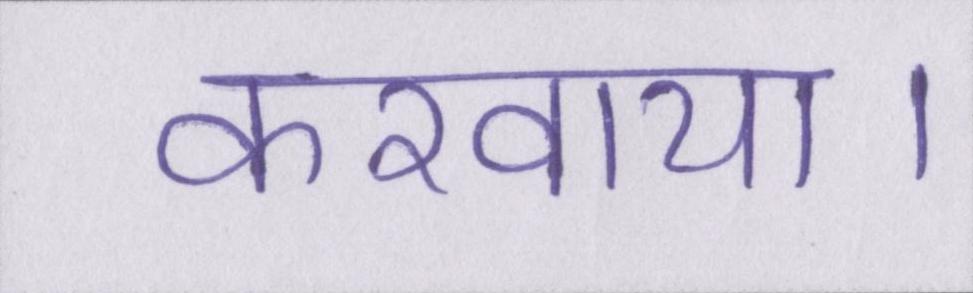
करवाया।